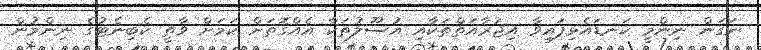
ނަގަން ނިންމީ ކަނޑައެޅިފައިވާ އިޖުރާއަތްތަކާއި އުސޫލުތަކާ އެއްގޮތަށް ކަމަށް ވާތީ ކެބިނެޓުގެ ނިންމުން